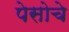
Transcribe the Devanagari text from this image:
पेसोचे